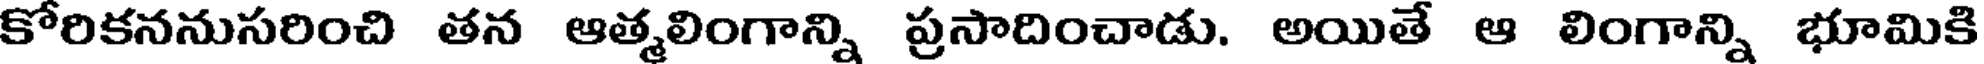
కోరికననుసరించి తన ఆత్మలింగాన్ని ప్రసాదించాడు. అయితే ఆ లింగాన్ని భూమికి